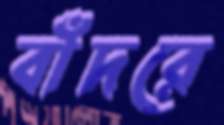
বাঁদরে